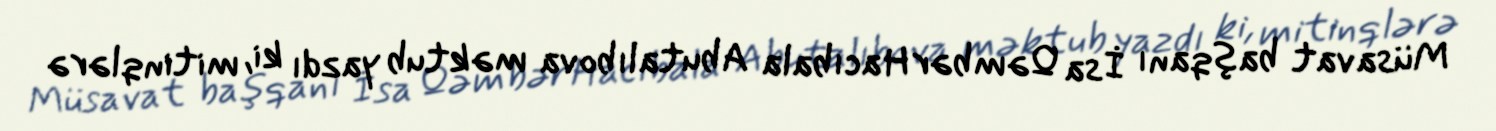
Müsavat başqanı İsa Qəmbər Hacıbala Abutalıbova məktub yazdı ki, mitinqlərə